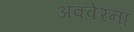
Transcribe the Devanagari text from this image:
अक्वेरना